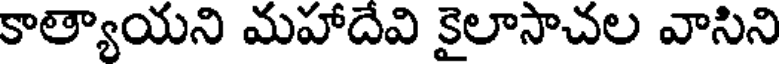
కాత్యాయని మహాదేవి కైలాసాచల వాసిని